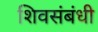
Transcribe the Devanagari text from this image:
शिवसंबंधी